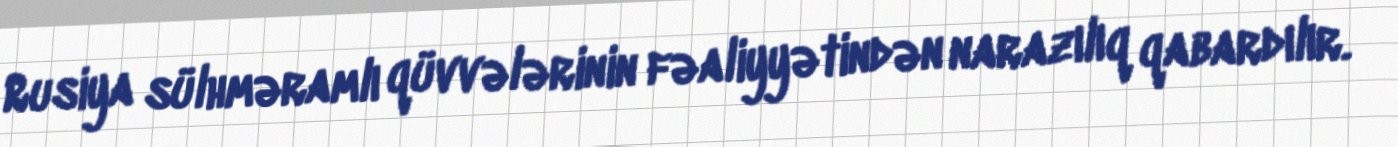
Rusiya sülhməramlı qüvvələrinin fəaliyyətindən narazılıq qabardılır.